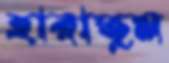
হারাতুম